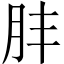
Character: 肨